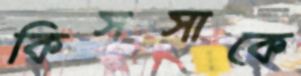
কিসসাকে